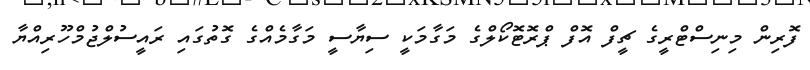
ފޮރިން މިނިސްޓްރީގެ ޗީފް އޮފް ޕްރޮޓޮކޯލްގެ މަގާމަކީ ސިޔާސީ މަގާމެއްގެ ގޮތުގައި ރައީސުލްޖުމްހޫރިއްޔާ